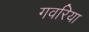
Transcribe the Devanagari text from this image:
गवरिया